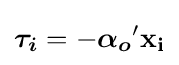
{\boldsymbol {\tau _{i}}}=-{\boldsymbol {\alpha _{o}}}'\mathbf {x_{i}}